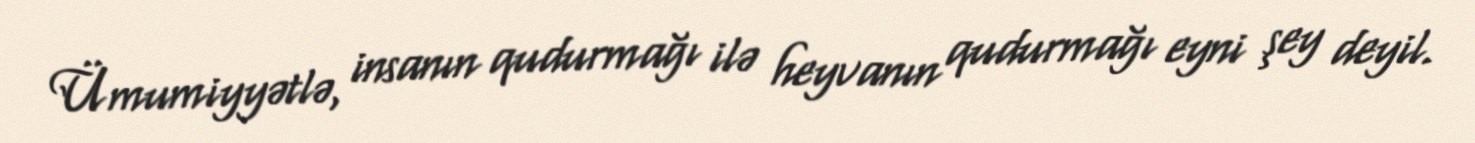
Ümumiyyətlə, insanın qudurmağı ilə heyvanın qudurmağı eyni şey deyil.